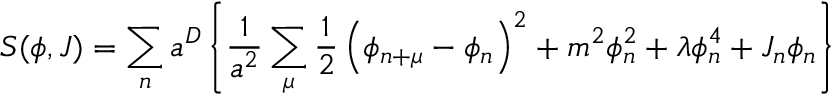
S ( \phi , J ) = \sum _ { n } a ^ { D } \left\{ \frac { 1 } { a ^ { 2 } } \sum _ { \mu } \frac { 1 } { 2 } \left( \phi _ { n + \mu } - \phi _ { n } \right) ^ { 2 } + m ^ { 2 } \phi _ { n } ^ { 2 } + \lambda \phi _ { n } ^ { 4 } + J _ { n } \phi _ { n } \right\}